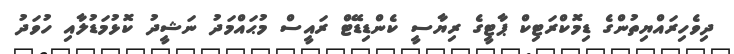
ދިވެހިރައްޔިތުންގެ ޑިމޮކްރަޓިކް ޕާޓީގެ ރިޔާސީ ކެންޑިޑޭޓް ރައީސް މުޙައްމަދު ނަޝީދު ކޮޅުމަޑުލާއި ހުވަދު